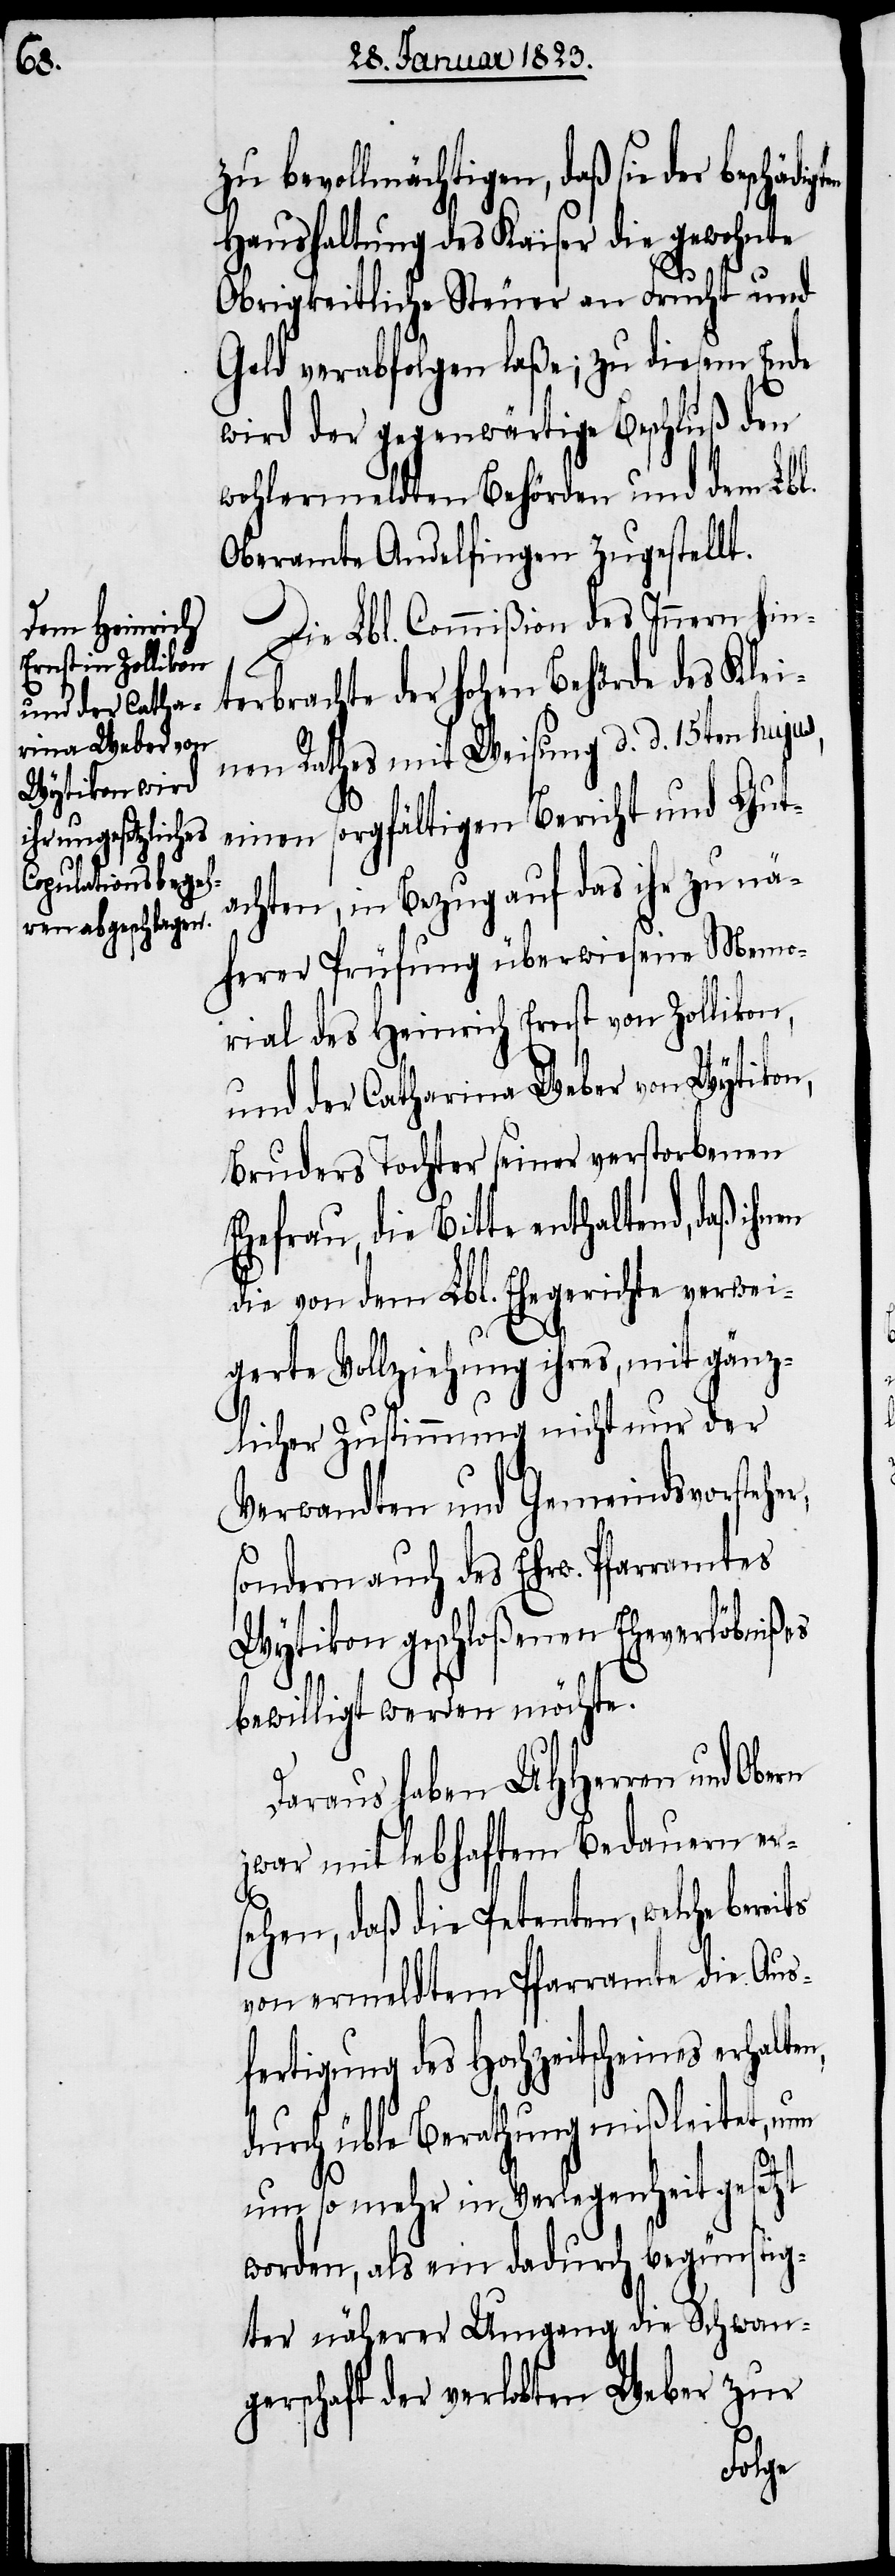
zu bevollmächtigen, daß sie der
Haushaltung des Kaiser die gewohnte
Obrigkeitliche Steuer an Frucht und
Geld verabfolgen laße; zu diesem Ende
wird der gegenwärtige Beschluß den
wohlermeldten Behörden und dem Lbl.
Oberamte Andelfingen zugestellt.
Die Lbl. Commißion des Innern hin¬
terbrachte der hohen Behörde des Klei¬
nen Rathes mit Weisung d. d. 15ten hujus,
n,
einen sorgfältigen Bericht und Gut¬
achten, in Bezug auf das ihr zu nä¬
herer Prüfung überwiesene Memo¬
rial des Heinrich Ernst von Zollikon,
und der Catharina Weber von Wytikon,
Bruders Tochter seiner verstorbenen
Ehefrau, die Bitte enthaltend, daß ihnen
die von dem L. Ehegerichte verwei¬
gerte Vollziehung ihres, mit gänz¬
licher Zustimmung nicht nur der
Verwandten und Gemeindsvorstehe¬
sondern auch des Ehrw. Pfarramtes
Wytikon geschloßenen Eheverlöbnißes
bewilligt werden möchte.
Daraus haben UHHerren und Obern
zwar mit lebhaftem Bedauern er¬
sehen, daß die Petenten, welche berei¬
von ermeldtem Pfarramte die Aus¬
fertigung des Hochzeitscheines erhalte¬
durch üble Berathung mißleitet, nun
um so mehr in Verlegenheit gesetzt
worden, als ein dadurch begünstig¬
ter näherer Umgang die Schwan¬
gerschaft der verlobten Weber zur